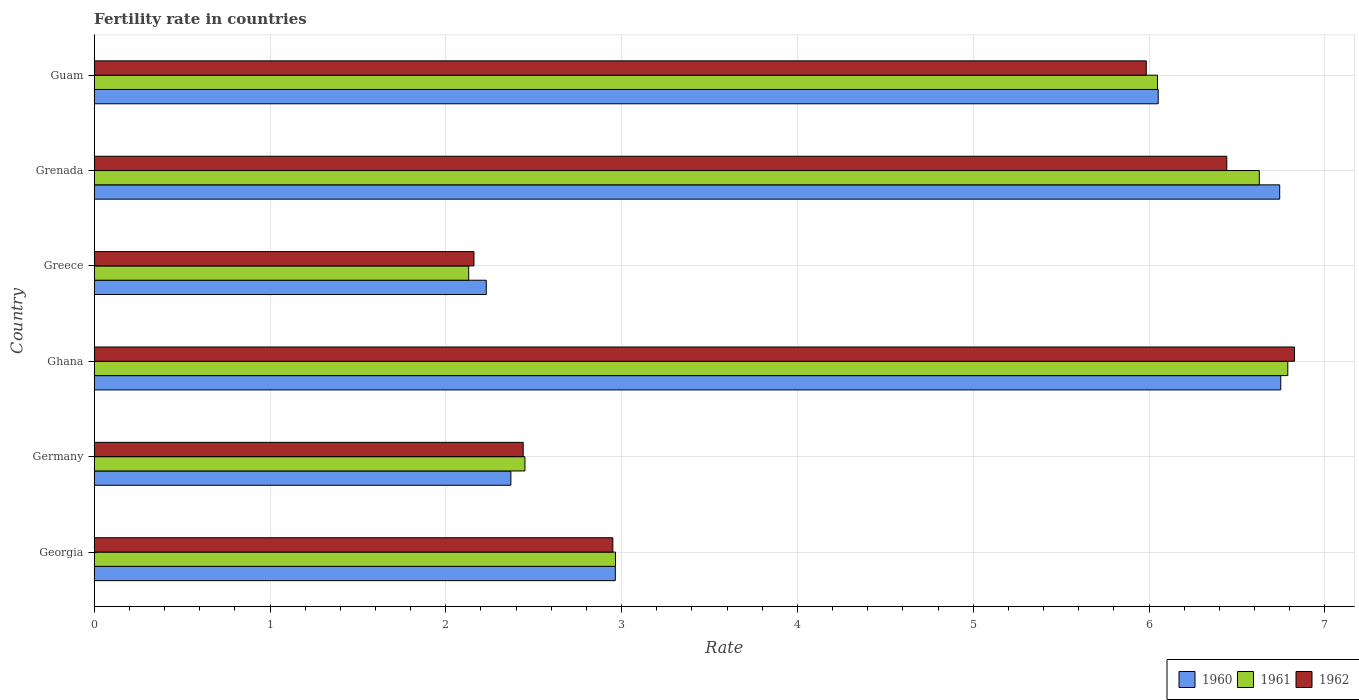
| Country | 1960 | 1961 | 1962 |
 | --- | --- | --- | --- |
 | Georgia | 2.96 | 2.96 | 2.95 |
 | Germany | 2.37 | 2.45 | 2.44 |
 | Ghana | 6.75 | 6.79 | 6.83 |
 | Greece | 2.23 | 2.13 | 2.16 |
 | Grenada | 6.74 | 6.63 | 6.44 |
 | Guam | 6.05 | 6.05 | 5.98 |